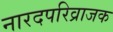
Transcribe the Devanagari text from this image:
नारदपरिव्राजक